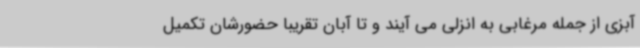
آبزی از جمله مرغابی به انزلی می آیند و تا آبان تقریبا حضورشان تکمیل